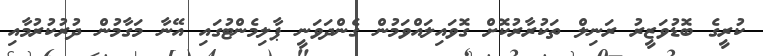
ކުރީގެ ބޮޑުވަޒީރު ރަނިލް ތަކުރާރުކޮށް ގޮވައިލައްވަމުން ގެންދަވަނީ ޕާލިމެންޓުގައި އޭނާ މަގާމުން ދުރުކުރުމާއި